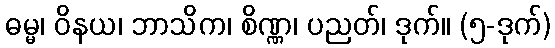
ဓမ္မ၊ ဝိနယ၊ ဘာသိက၊ စိဏ္ဏ၊ ပညတ်၊ ဒုက်။ (၅-ဒုက်)